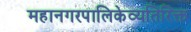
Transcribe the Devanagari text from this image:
महानगरपालिकेव्यतिरिक्त